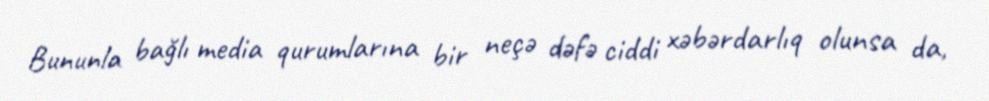
Bununla bağlı media qurumlarına bir neçə dəfə ciddi xəbərdarlıq olunsa da,